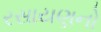
રસાયણનો